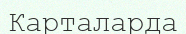
Карталарда